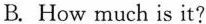
B.How much is it? |